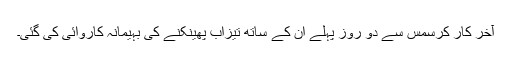
آخر کار کرسمس سے دو روز پہلے ان کے ساتھ تیزاب پھینکنے کی بہیمانہ کاروائی کی گئی۔